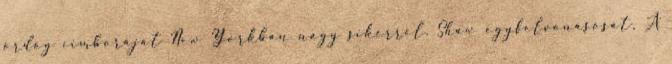
ördög cimboráját New Yorkban nagy sikerrel. Shaw egyfelvonásosát, A